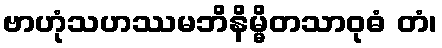
ဗာဟုံသဟဿမဘိနိမ္မိတသာဝုဓံ တံ၊